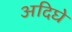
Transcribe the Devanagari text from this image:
अदिघे